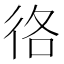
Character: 𢓜